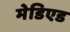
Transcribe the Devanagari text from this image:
मेडिएड